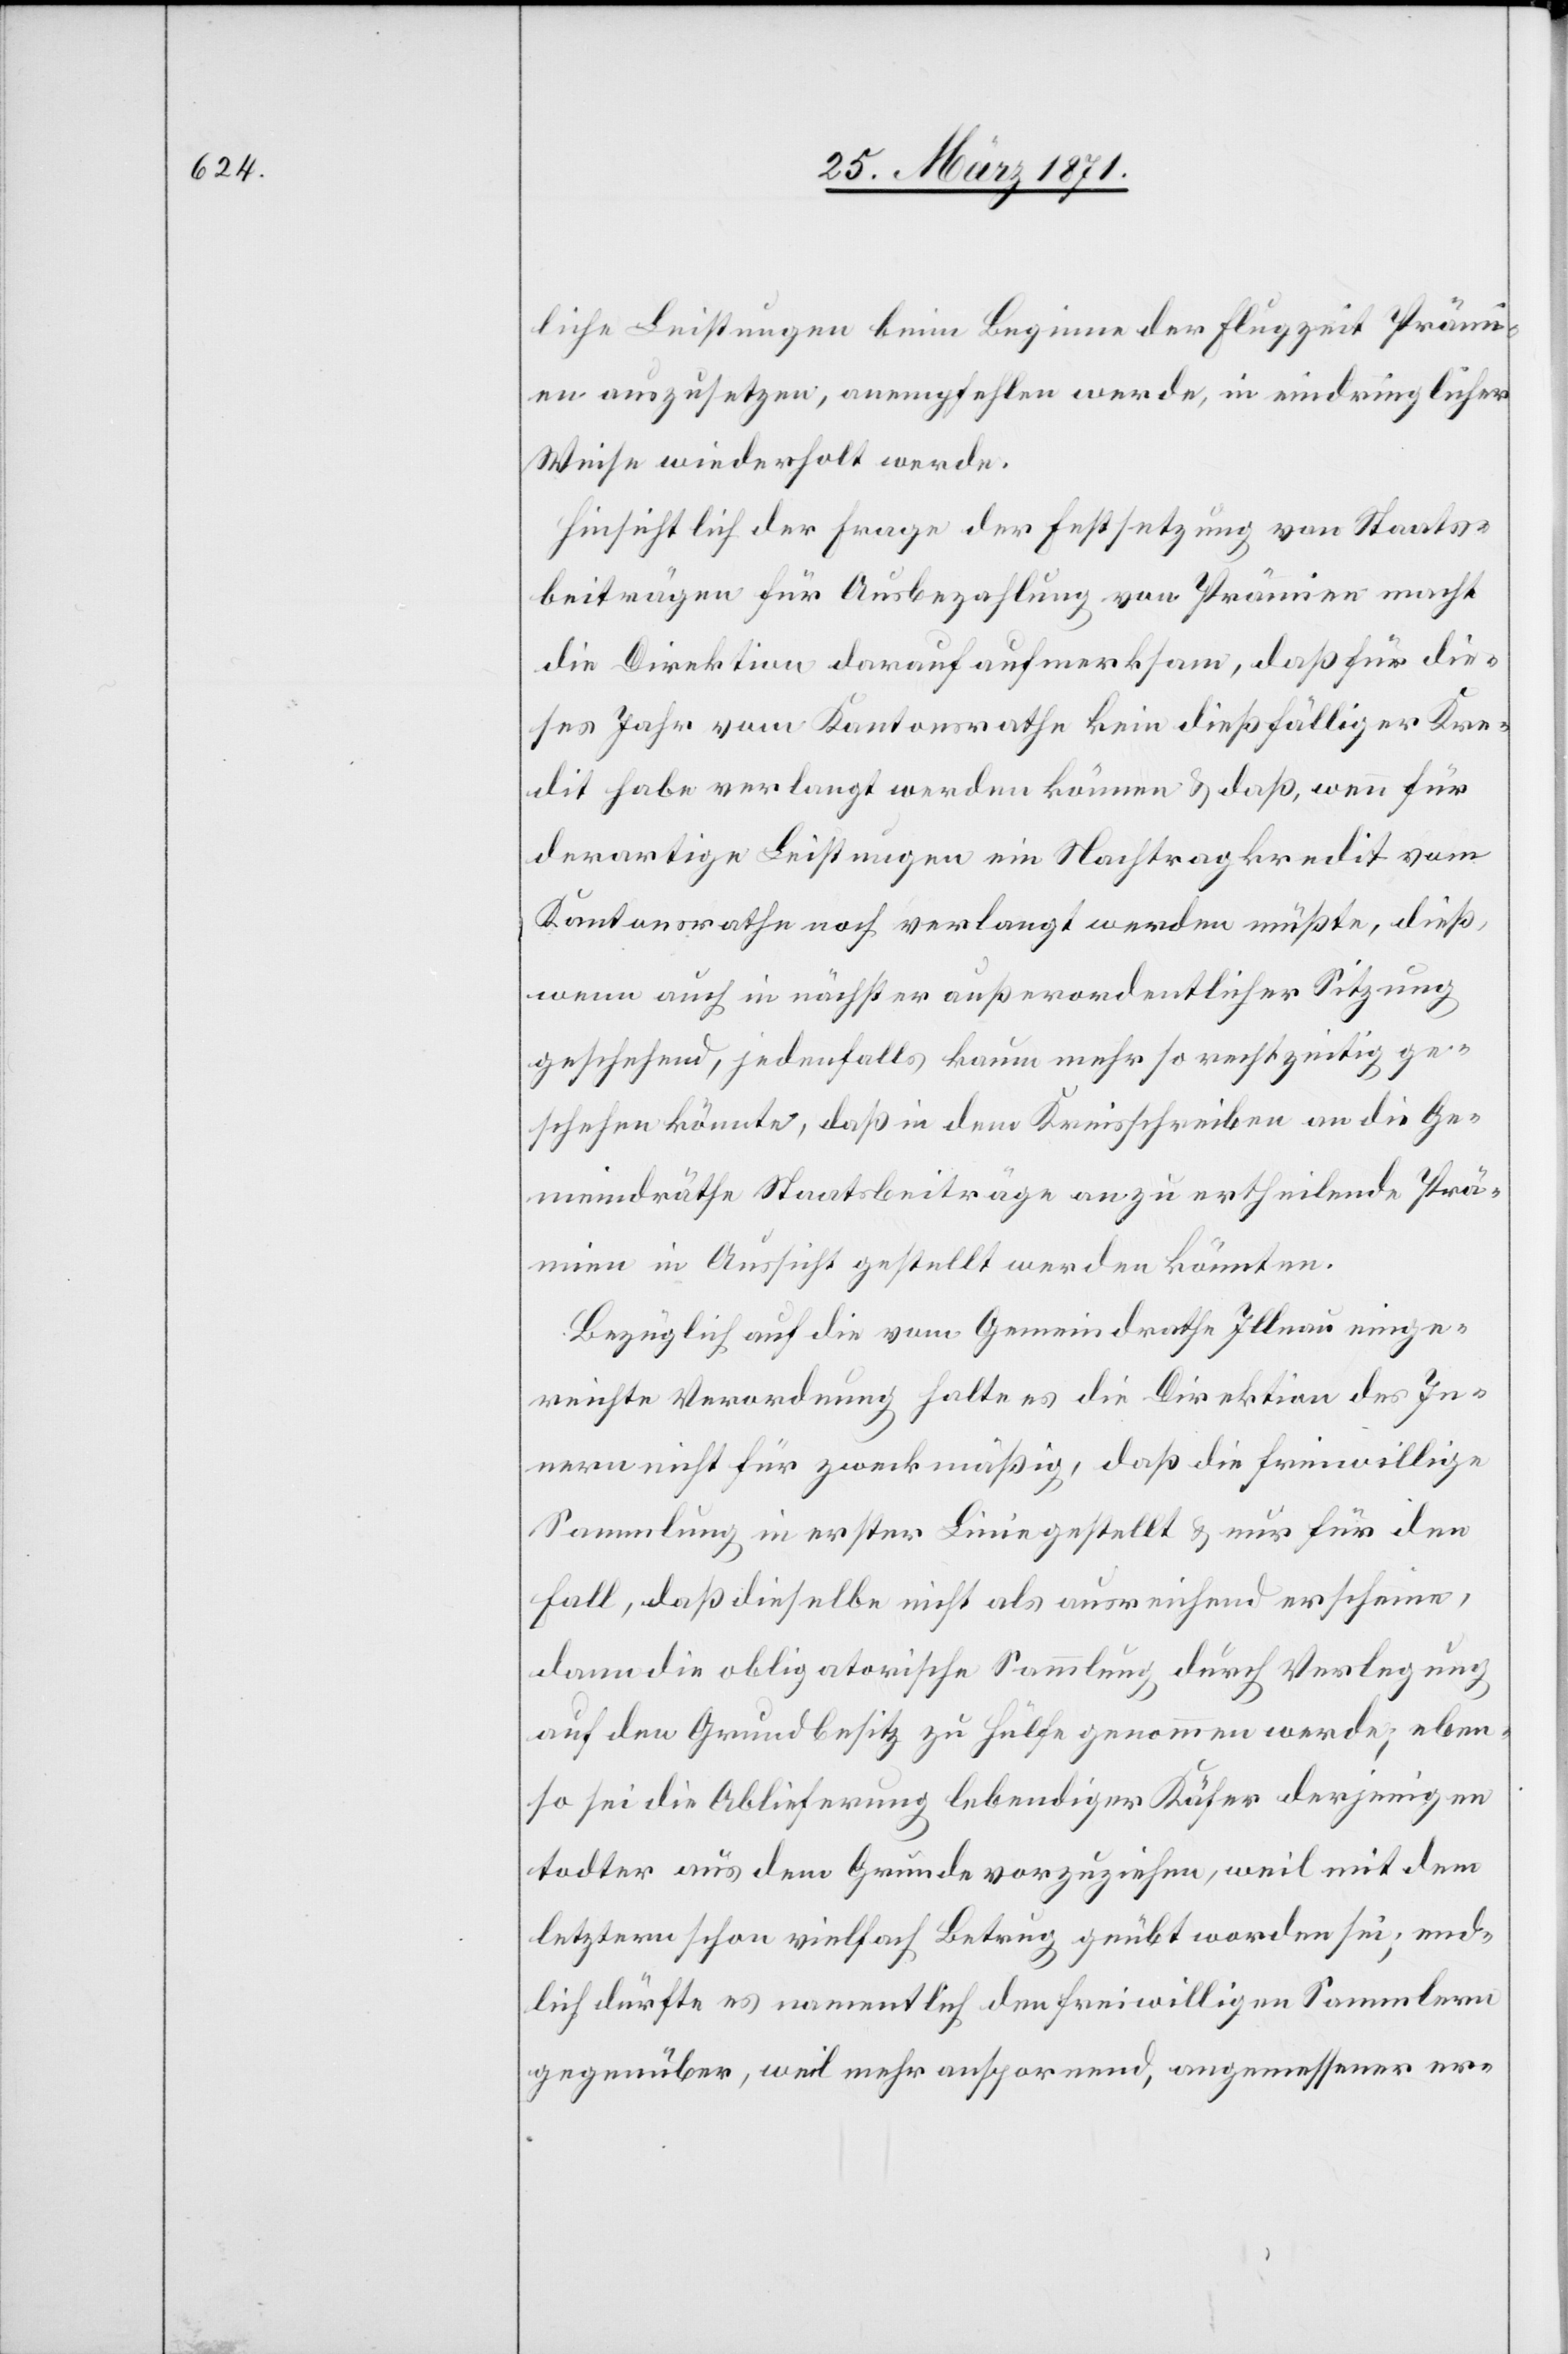
liche Leistungen beim Beginne der Flugzeit Prämi¬
en auszusetzen, anempfehlen werde, in eindringlicher
Weise wiederholt werde.
Hinsichtlich der Frage der Festsetzung von Staats¬
beiträgen für Ausbezahlung von Prämien macht
die Direktion darauf aufmerksam, daß für die¬
ses Jahr vom Kantonsrathe kein dießfälliger Kre¬
dit habe verlangt werden können u. daß, wenn für
derartige Leistungen ein Nachtragkredit vom
Kantonsrathe noch verlangt werden müßte, dieß
wenn auch in nächster außerordentlicher Sitzung
geschehend, jedenfalls kaum mehr so rechtzeitig ge¬
schehen könnte, daß in dem Kreisschreiben an die Ge¬
meindräthe Staatsbeiträge an zu ertheilende Prä¬
mien in Aussicht gestellt werden könnten.
Bezüglich auf die vom Gemeindrathe Illnau einge¬
reichte Verordnung halte es die Direktion des In¬
nern nicht für zweckmäßig, daß die freiwillige
Sammlung in erster Linie gestellt u. nur für den
Fall, daß dieselbe nicht als ausreichend erscheine,
dann die obligatorische Sammlung durch Verlegung
auf den Grundbesitz zu Hülfe genommen werde, eben¬
so sei die Ablieferung lebendiger Käfer derjenigen
todter aus dem Grunde vorzuziehen, weil mit dem
letztern schon vielfach Betrug geübt worden sei; end¬
lich dürfte es namentlich den freiwilligen Sammlern
gegenüber, weil mehr anspornend, angemessener er-